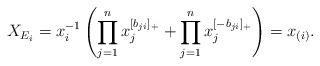
LaTeX: \begin{align*}X_{E_i} = x_i^{-1}\left( \prod_{j = 1}^n x_j^{[b_{ji}]_+} + \prod_{j = 1}^n x_j^{[-b_{ji}]_+} \right) = x_{(i)}.\end{align*}